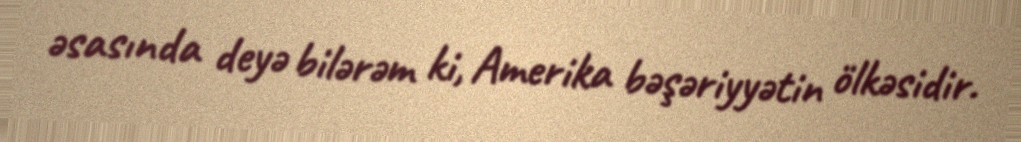
əsasında deyə bilərəm ki, Amerika bəşəriyyətin ölkəsidir.